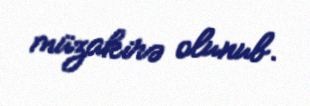
müzakirə olunub.